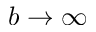
b \rightarrow \infty